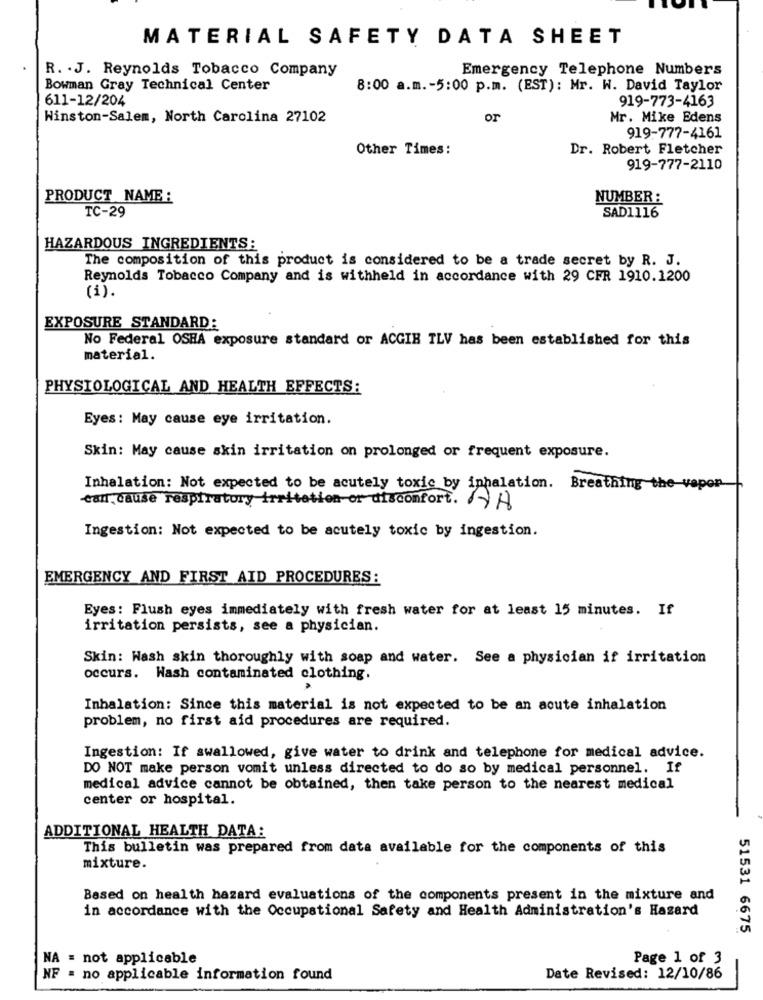
MATERIAL SAFETY DATA SHEET
R. J. Reynolds Tobacco Company
Emergency Telephone Numbers
Bowman Gray Technical Center
8:00 a.m .- 5:00 p.m. (EST): Mr. W. David Taylor
611-12/204
919-773-4163
Winston-Salem, North Carolina 27102
or
Mr. Mike Edens
919-777-4161
Other Times:
Dr. Robert Fletcher
919-777-2110
PRODUCT NAME :
NUMBER :
TC-29
SAD1116
HAZARDOUS INGREDIENTS:
The composition of this product is considered to be a trade secret by R. J.
Reynolds Tobacco Company and is withheld in accordance with 29 CFR 1910.1200
(i).
EXPOSURE STANDARD:
No Federal OSHA exposure standard or ACGIH TLV has been established for this
material.
PHYSIOLOGICAL AND HEALTH EFFECTS:
Eyes: May cause eye irritation.
Skin: May cause skin irritation on prolonged or frequent exposure.
Inhalation: Not expected to be acutely toxic by inhalation. Breathing the vapor
can cause respiratory irritation or discomfort. NA
Ingestion: Not expected to be acutely toxic by ingestion.
EMERGENCY AND FIRST AID PROCEDURES:
Eyes: Flush eyes immediately with fresh water for at least 15 minutes. If
irritation persists, see a physician.
Skin: Wash skin thoroughly with soap and water. See a physician if irritation
occurs. Wash contaminated clothing.
Inhalation: Since this material is not expected to be an acute inhalation
problem, no first aid procedures are required.
Ingestion: If swallowed, give water to drink and telephone for medical advice.
DO NOT make person vomit unless directed to do so by medical personnel. If
medical advice cannot be obtained, then take person to the nearest medical
center or hospital.
ADDITIONAL HEALTH DATA:
This bulletin was prepared from data available for the components of this
mixture.
Based on health hazard evaluations of the components present in the mixture and
in accordance with the Occupational Safety and Health Administration's Hazard
51531 6675
NA = not applicable
Page 1 of 3
NF = no applicable information found
Date Revised: 12/10/86